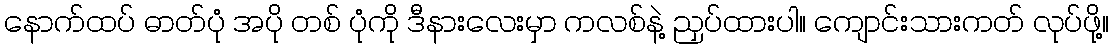
နောက်ထပ် ဓာတ်ပုံ အပို တစ် ပုံကို ဒီနားလေးမှာ ကလစ်နဲ့ ညှပ်ထားပါ။ ကျောင်းသားကတ် လုပ်ဖို့။